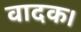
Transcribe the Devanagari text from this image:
वादक।